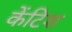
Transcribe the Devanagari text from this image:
केंटिश